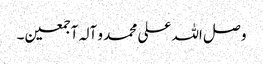
و صل اللہ علی محمد و آلہ آجمعین۔